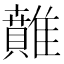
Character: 𩀴